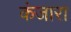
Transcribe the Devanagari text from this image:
कंजारा